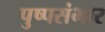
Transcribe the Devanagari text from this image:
पुष्पसंभार